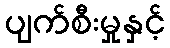
ပျက်စီးမှုနှင့်